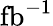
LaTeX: \mathrm{{fb}^{-1}}